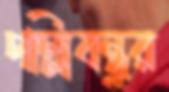
পল্লিবন্ধুর